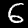
Digit: 6